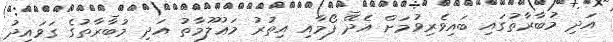
އަދި މުބާރާތުގައި ބައިވެރިވުމަށް އެދޭ ފޯމާއި އިތުރު މަޢުލޫމާތު އަދި މުބާރާތުގެ ގަވައިދު